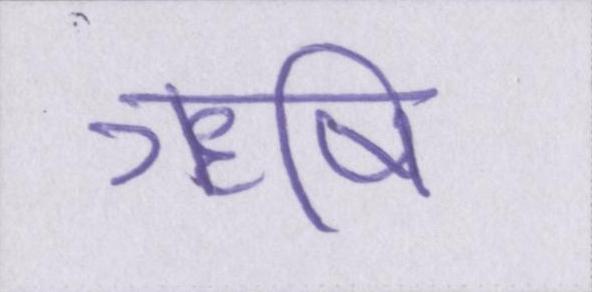
ॠषि